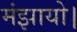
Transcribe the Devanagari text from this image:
मंझायो।